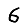
Digit: 6